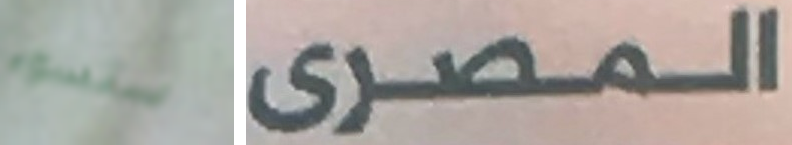
ستسوء المصرى